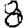
Digit: 8